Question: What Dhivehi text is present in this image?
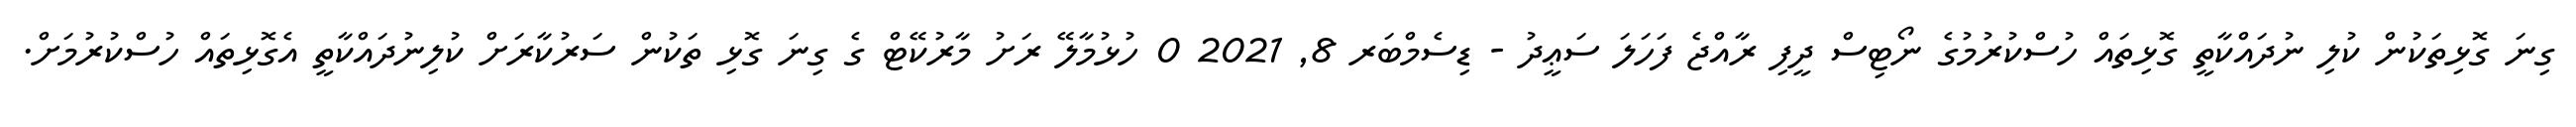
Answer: ގިނަ ގޮޅިތަކުން ކުލި ނުދައްކާތީ ގޮޅިތައް ހުސްކުރުމުގެ ނޯޓިސް ދީފި ރާއްޖެ ފަހަލަ ސަޢީދު - ޑިސެމްބަރ 8, 2021 0 ހުޅުމާލޭ ރަށު މާރުކޭޓް ގެ ގިނަ ގޮޅި ތަކުން ސަރުކާރަށް ކުލިނުދައްކާތީ އެގޮޅިތައް ހުސްކުރުމަށް.